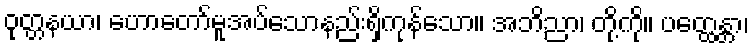
ဝုတ္တနယာ၊ ဟောတော်မူအပ်သောနည်းရှိကုန်သော။ အဘိညာ၊ တို့ကို။ ပတ္ထေန္တာ၊